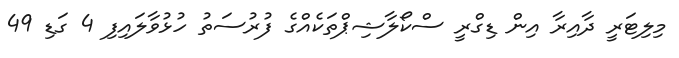
މިލިޓަރީ ދާއިރާ އިން ޑިގްރީ ސްކޯލާޝިޕްތަކެއްގެ ފުރުސަތު ހުޅުވާލައިފި 4 ގަޑި 49